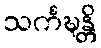
သင်္ကဍ္ဎန္တိ